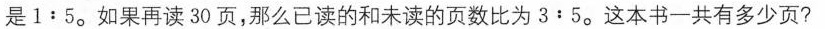
是 $$1 : 5$$。如果再读 30 页，那么已读的和未读的页数比为 $$3 : 5$$。这本书一共有多少页?